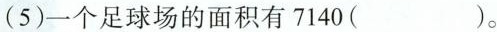
(5)一个足球场的面积有7140( )。